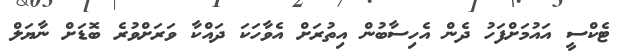
ޓެކްސީ އައުމަށްފަހު ދެން އެހިސާބުން އިތުރަށް އެވާހަކަ ދައްކާ ވަރަށްވުރެ ބޮޑަށް ނާޔަލް